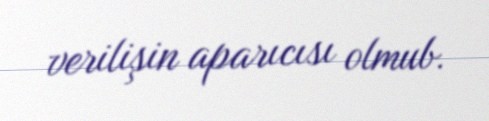
verilişin aparıcısı olmub.